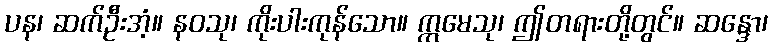
ပန၊ ဆက်ဦးအံ့။ နဝသု၊ ကိုးပါးကုန်သော။ ဣမေသု၊ ဤတရားတို့တွင်။ ဆန္ဒော၊